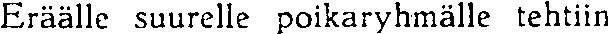
Eräälle suurelle poikaryhmälle tehtiin